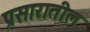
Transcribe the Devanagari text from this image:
प्रसारातील